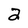
Character: 2